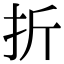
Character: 折